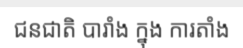
ជនជាតិ បារាំង ក្នុង ការតាំង